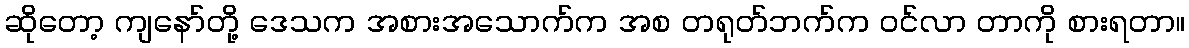
ဆိုတော့ ကျနော်တို့ ဒေသက အစားအသောက်က အစ တရုတ်ဘက်က ဝင်လာ တာကို စားရတာ။